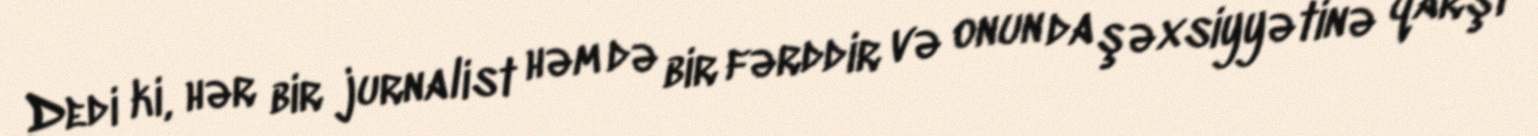
Dedi ki, hər bir jurnalist həm də bir fərddir və onun da şəxsiyyətinə qarşı